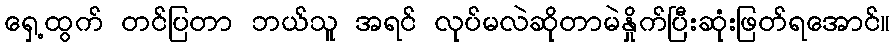
ရှေ့ထွက် တင်ပြတာ ဘယ်သူ အရင် လုပ်မလဲဆိုတာမဲနှိုက်ပြီးဆုံးဖြတ်ရအောင်။